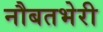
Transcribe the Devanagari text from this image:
नौबतभेरी